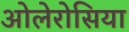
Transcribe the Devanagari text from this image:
ओलेरोसिया